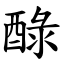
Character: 醁